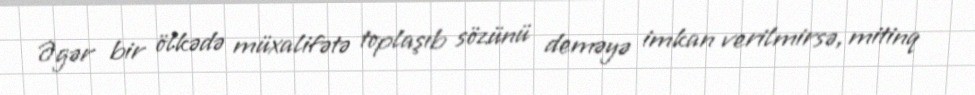
Əgər bir ölkədə müxalifətə toplaşıb sözünü deməyə imkan verilmirsə, mitinq